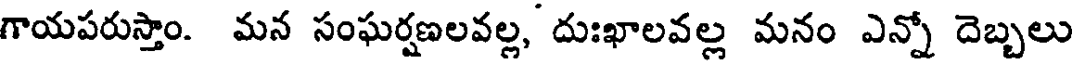
గాయపరుస్తాం. మన సంఘర్షణలవల్ల, దుఃఖాలవల్ల మనం ఎన్నో దెబ్బలు